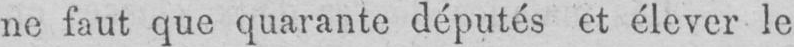
ne faut que quarante députés et élever le